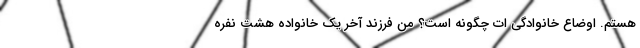
هستم. اوضاع خانوادگی ات چگونه است؟ من فرزند آخر یک خانواده هشت نفره